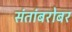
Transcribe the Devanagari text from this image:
संतांबरोबर